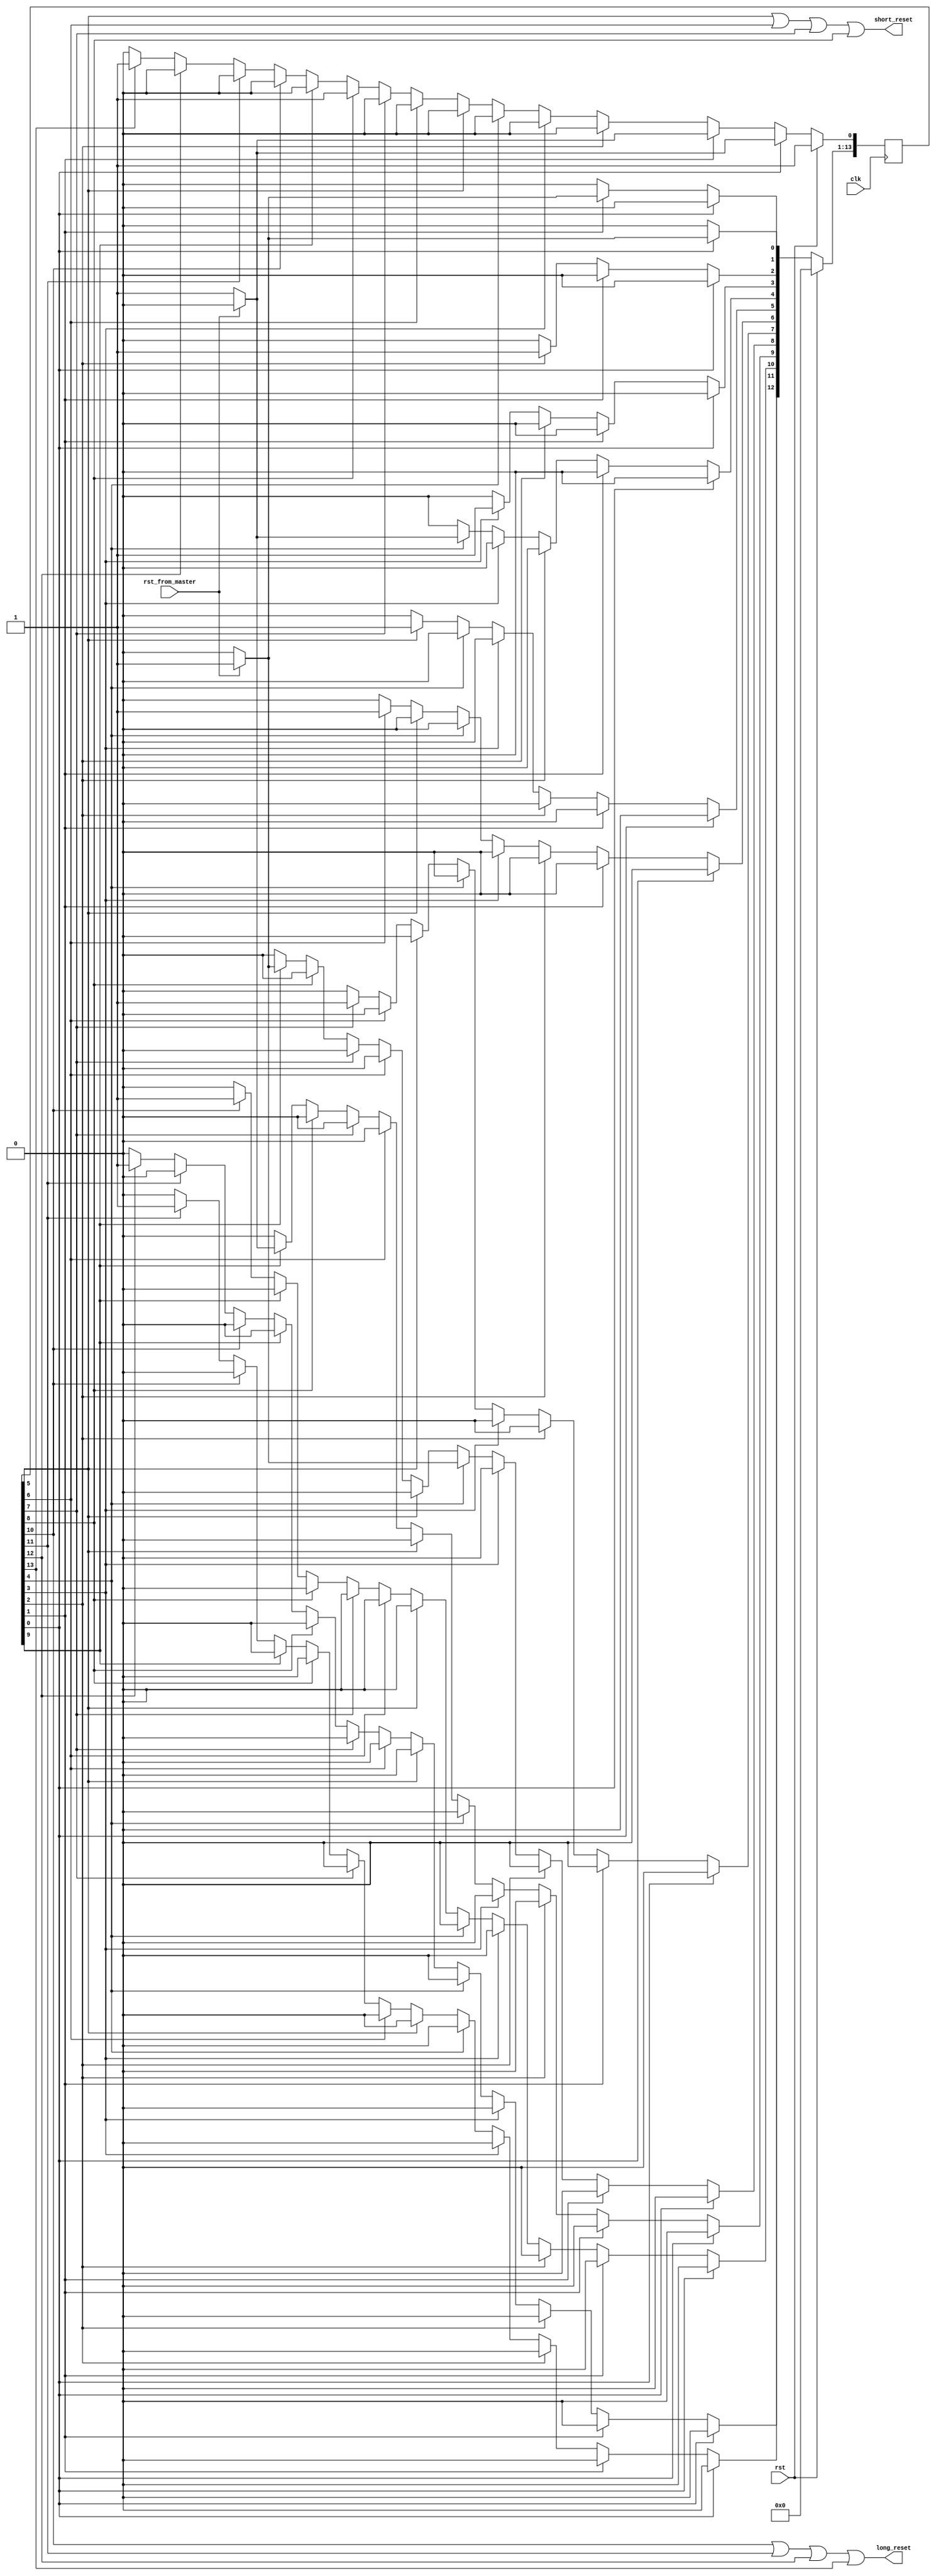
// master reset interpreter
//
// Asserts 'short_reset' if 'rst_from_master' is less than 100-ns wide;
// otherwise, 'long_reset' is asserted.

module master_reset (
    input  clk,             // sampling clock
    input  rst,             // logic reset
    input  rst_from_master, // reset from master
    output short_reset,     // active-high reset output, for short duration
    output long_reset       // active-high reset output, for long duration
);

    parameter [3:0]
        IDLE  = 4'd0,
        MON0  = 4'd1,
        MON1  = 4'd2,
        MON2  = 4'd3,
        MON3  = 4'd4,
        SRST1 = 4'd5,
        SRST2 = 4'd6,
        SRST3 = 4'd7,
        SRST4 = 4'd8,
        WAIT  = 4'd9,
        LRST1 = 4'd10,
        LRST2 = 4'd11,
        LRST3 = 4'd12,
        LRST4 = 4'd13;

    reg [13:0] CS;
    reg [13:0] NS;


    // sequential always block for state transitions (use non-blocking [<=] assignments)
    // Reset the sm whenever we get to the end of a frame
    always @ (posedge clk) begin
        if (rst) begin
            CS <= 14'b0;      // set all state bits to 0
            CS[IDLE] <= 1'b1; // set IDLE state bit to 1
        end
        else CS <= NS;        // set state bits to next state
    end

    // combinational always block to determine next state (use blocking [=] assignments)
    always @ (CS or rst_from_master) begin
        NS = 14'b0; // default all bits to zero; will override one bit

        case (1'b1)

            CS[IDLE]: begin
                // reset detected
                if (rst_from_master)
                    NS[MON0] = 1'b1;
                else
                    NS[IDLE] = 1'b1;
            end

            CS[MON0]: begin
                // check if spurious
                if (rst_from_master)
                    NS[MON1] = 1'b1;
                else
                    NS[IDLE] = 1'b1;
            end

            CS[MON1]: begin
                NS[MON2] = 1'b1;
            end

            CS[MON2]: begin
                NS[MON3] = 1'b1;
            end

            CS[MON3]: begin
                if (rst_from_master)
                    // long reset action
                    NS[WAIT] = 1'b1;
                else
                    // short reset action
                    NS[SRST1] = 1'b1;
            end

            CS[SRST1]: begin
                NS[SRST2] = 1'b1;
            end

            CS[SRST2]: begin
                NS[SRST3] = 1'b1;
            end

            CS[SRST3]: begin
                NS[SRST4] = 1'b1;
            end

            CS[SRST4]: begin
                NS[IDLE] = 1'b1;
            end

            CS[WAIT]: begin
                // wait for reset to go low before asserting full reset
                if (~rst_from_master)
                    NS[LRST1] = 1'b1;
                else
                    NS[WAIT] = 1'b1;
            end

            CS[LRST1]: begin
                NS[LRST2] = 1'b1;
            end

            CS[LRST2]: begin
                NS[LRST3] = 1'b1;
            end

            CS[LRST3]: begin
                NS[LRST4] = 1'b1;
            end

            CS[LRST4]: begin
                NS[IDLE] = 1'b1;
            end

        endcase
    end // combinational always block to determine next state


    // static assignments
    assign short_reset = CS[SRST1] | CS[SRST2] | CS[SRST3] | CS[SRST4]; // 80-ns wide
    assign long_reset  = CS[LRST1] | CS[LRST2] | CS[LRST3] | CS[LRST4]; // 80-ns wide

endmodule